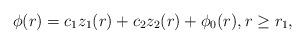
LaTeX: \begin{align*}\phi(r) = c_1 z_1(r) + c_2 z_2(r) + \phi_0(r),r \geq r_1 ,\end{align*}